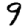
Digit: 9